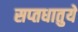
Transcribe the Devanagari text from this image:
सप्‍तधातुयें